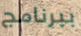
ببرنامج